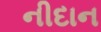
નીદાન